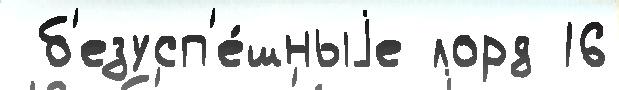
 б'езусп'е́шныjе лорд 16